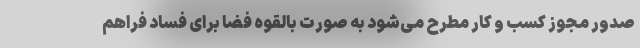
صدور مجوز کسب و کار مطرح می‌شود به صورت بالقوه فضا برای فساد فراهم